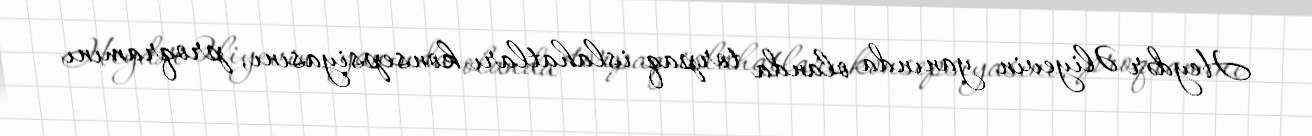
Heydər Əliyevin yanında olanda torpaq islahatları konsepsiyasını, proqramını